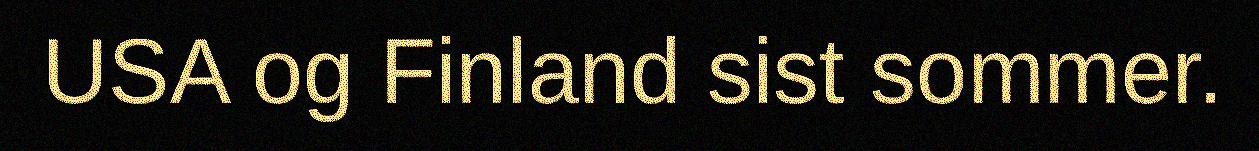
USA og Finland sist sommer.